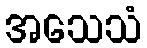
အသေသံ